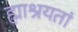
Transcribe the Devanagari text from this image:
ह्माश्रयतां